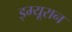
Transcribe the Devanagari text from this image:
इम्यूरान